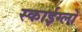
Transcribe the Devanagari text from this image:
स्काईग्लो